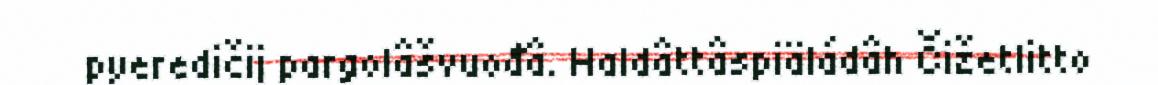
pyeredičij pargolâšvuođâ. Haldâttâspiäládâh Čižetlitto